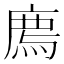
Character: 廌